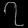
Digit: ၇